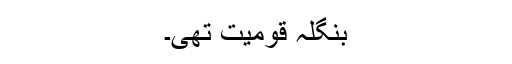
بنگلہ قومیت تھی۔